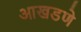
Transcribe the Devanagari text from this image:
आखडणे